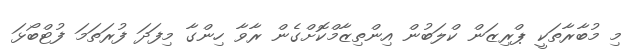
މި މުބާރާތަކީ ޕްރިޒަން ކްލަބުން އިންތިޒާމްކޮށްގެން ރާވާ ހިންގާ މިފަދަ ފުރަތަމަ ފުޓްބޯޅަ